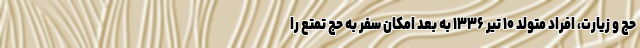
حج و زیارت، افراد متولد ۱۰ تیر ۱۳۳۶ به بعد امکان سفر به حج تمتع را